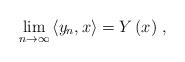
LaTeX: \begin{align*}\lim_{n\rightarrow\infty}\left\langle y_{n},x\right\rangle =Y\left( x\right)\,, \end{align*}